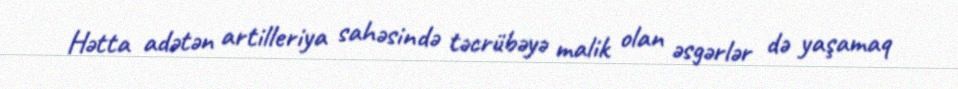
Hətta adətən artilleriya sahəsində təcrübəyə malik olan əsgərlər də yaşamaq